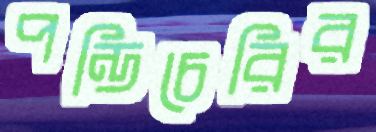
পন্ডিচেরির